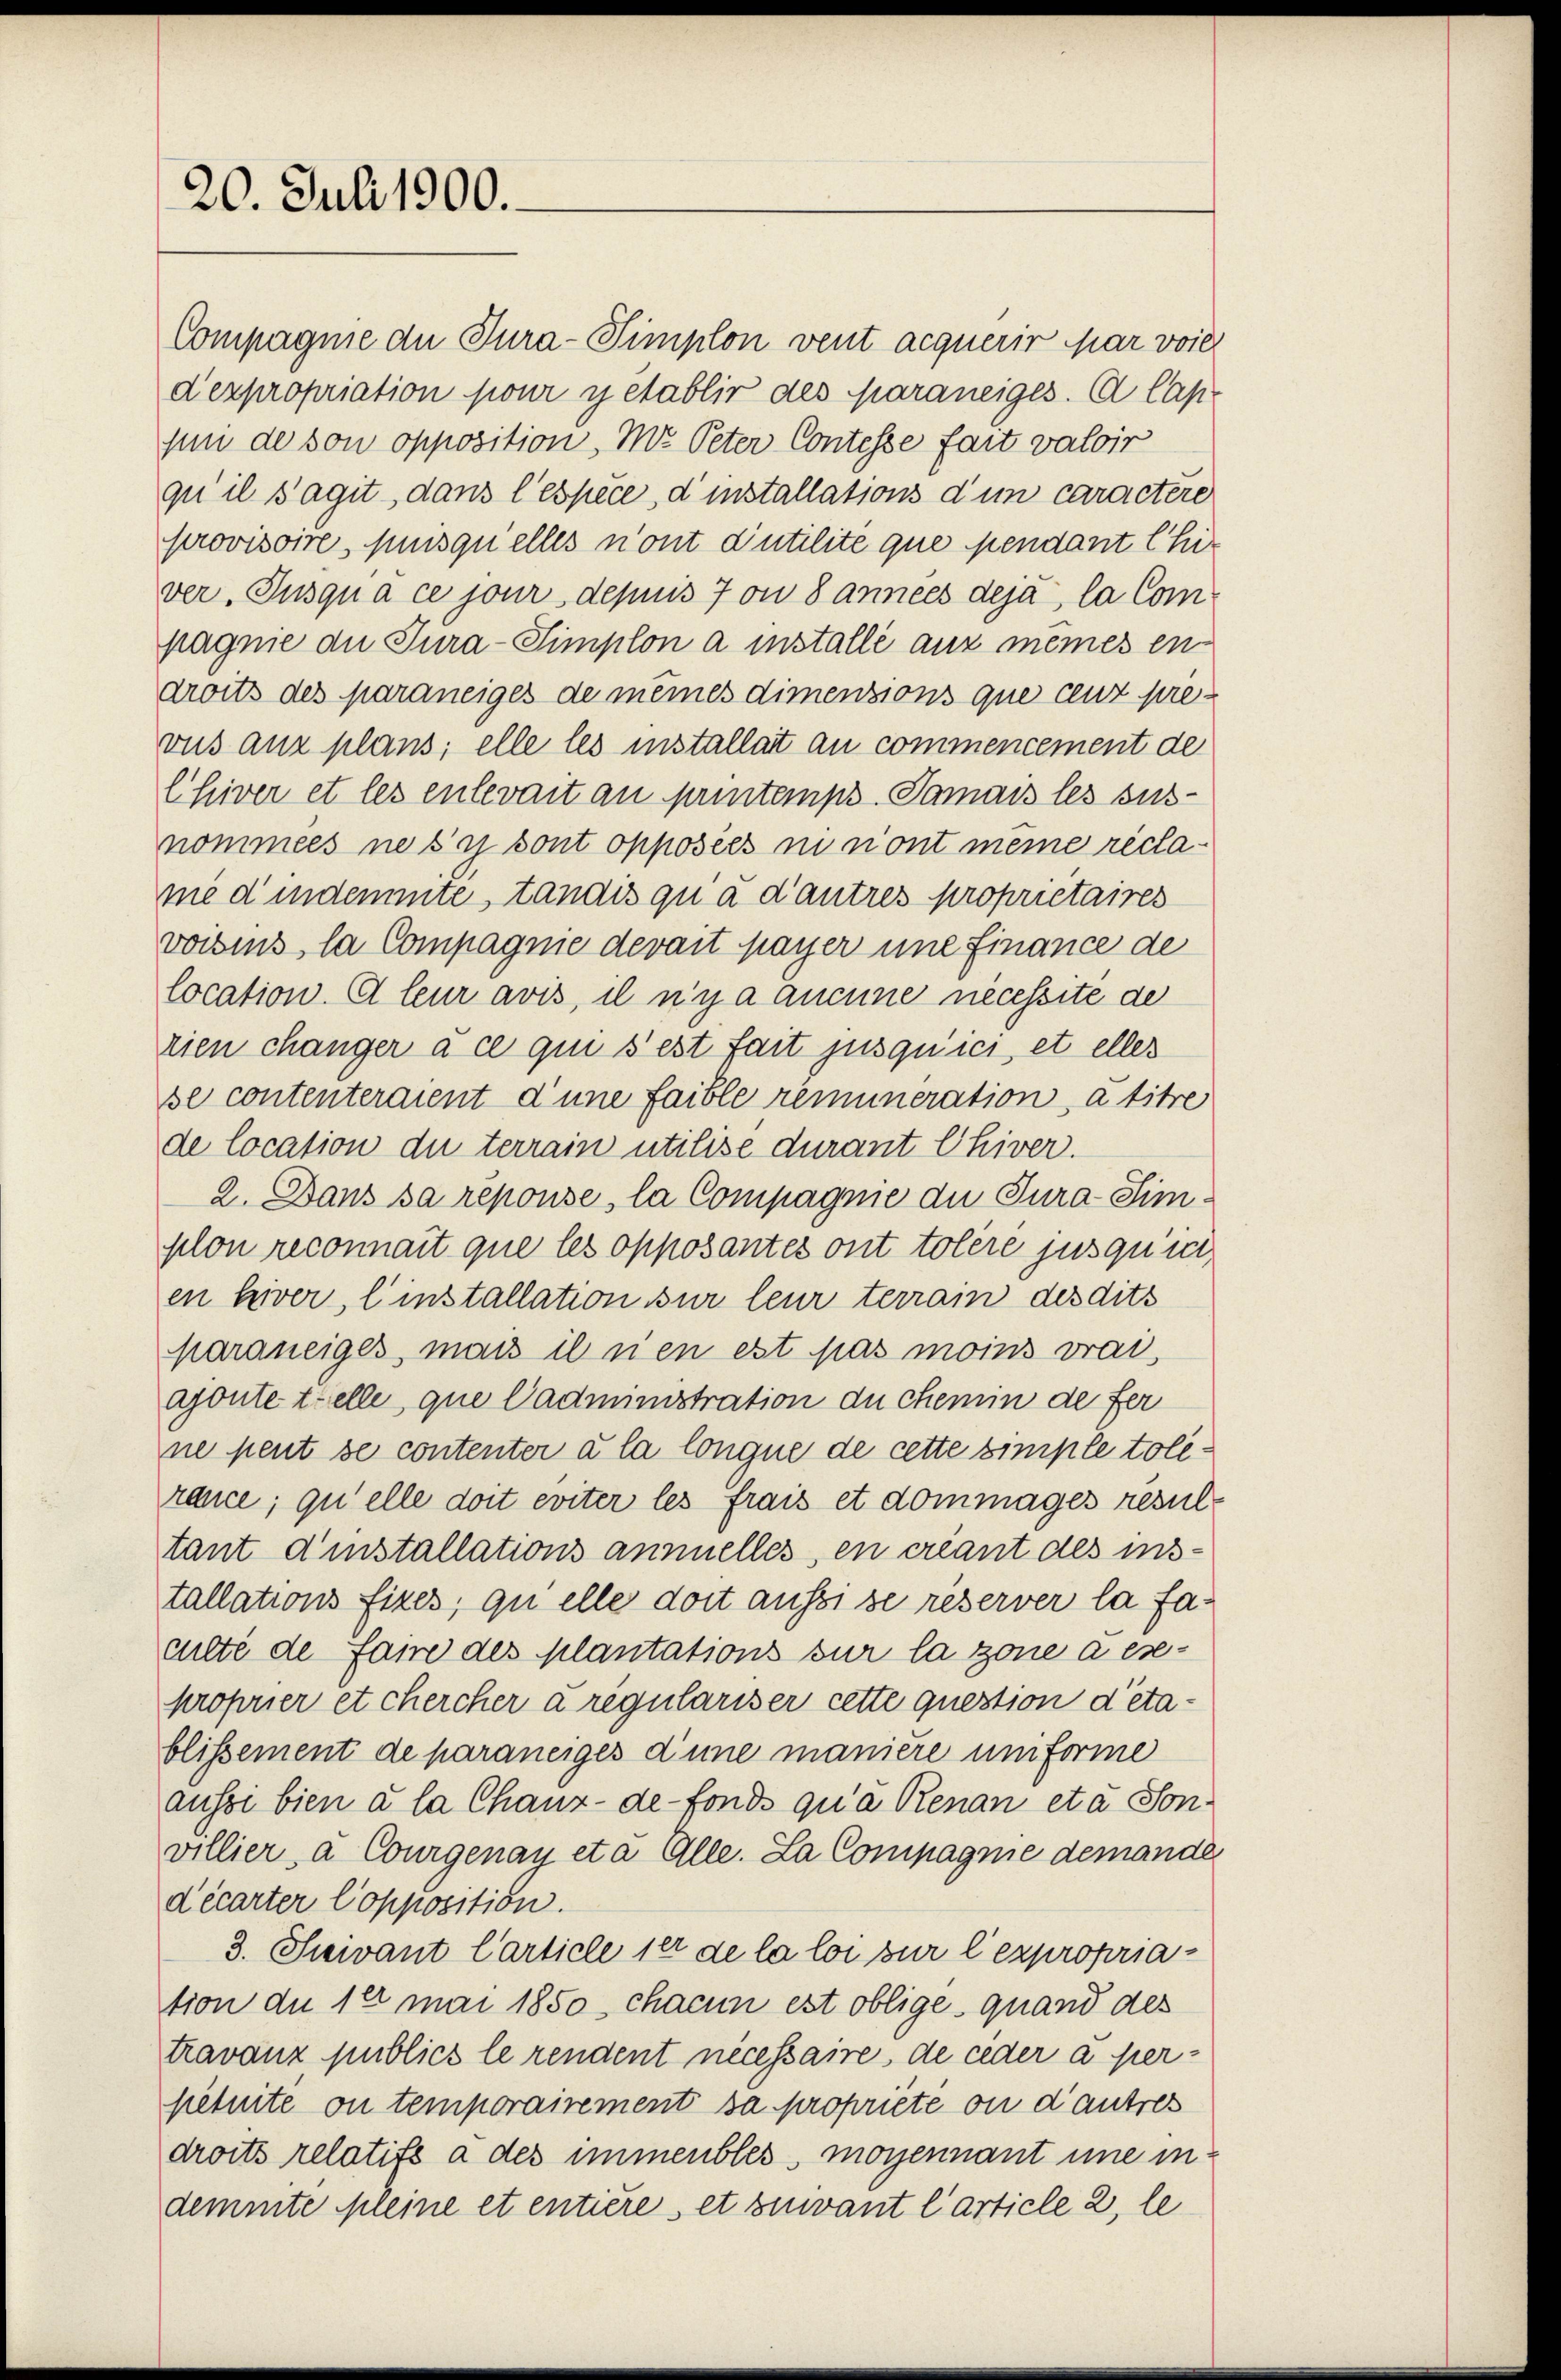
20. Juli 1900.

sun de son opposition, M. Peter Contesse fait valoir
qu’ il s’agit, dans l’espèce, d’installations d’un caractère
provisoire, puisquelles n’ont d’utilite que pendant Chir
ver, Jusqua ce jour depuis 7 on 8 années deja, la Compagnie die Jura-Simplon a installe auf meines en-
droits des paraneiges de mêmes dimensions que cent prevus aux plans; elle les installat au commencement de
Chiver et les enlevait an printemps. Samais les sus-
nommees ne s’y sont opposées in mont meine reclame d’indemmte, tandis qu a d’autres proprietaires
voisins, la Compagnie devait payer une Finance de
location. A leur avis, il n’y a aucune necessite de
rien changer à ce qui s’est fait jusqu’ici, et elles
se contenteraient d’une faible remuneration, à titre
de location du terrain utilise durant Chiver.
2. Dans sa reponse, la Compagnie die Jura Simplon reconnait que les opposantes ont tolére jusqu’ici,
en hiver, l’installation sur leur terrain des dits
karaneiges mach ihnen est pas moins vrai,
ajoute zielle, que Cadministration du chemin de fer
ne peut se contenter à la longue de cette simple tolerance; qu’elle doit eviter les frais et dommages resultant d’installations annuelles, en creant des ins-
tallations fixes, quelle dort aussi se reserver la faculté de fame des Plantations sur la zone a eseproprier et chercher a regulariser cette question d’eta-
blissement de paraneiges d’une manière uniforme
aussi bien à la Chaux-de-Fonds qu’à Renan etc. Sonvillier à Courgenau eta Alle. La Compagnie demande
décarter Copposition.
3. Sevant Carticle 10 de la loi sur l’expropriation du 18 mai 1850 chacun est oblige quand des
travanz publics le rendent nécessaire, de ceder à persetuite ou temporairement sa propriete ou d’autres
droits relatifs à des immenbles, moyennant une in
demmte Kleine et entière et zuwant l’article 2, le

Compagnie der Tura-Simplon vent acquérir par voie
derpropriation pour y établir des Maraneiges. A lap